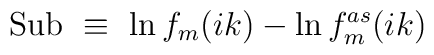
{\rm  Sub} \ \equiv\ \ln f_m(ik) -  \ln f^{as}_m(ik)